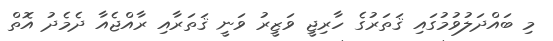
މި ބައްދަލުވުމުގައި ޤަތަރުގެ ހާރިޖީ ވަޒީރު ވަނީ ޤަތަރާއި ރާއްޖެއާ ދެމެދު އޮތް